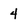
Character: 4